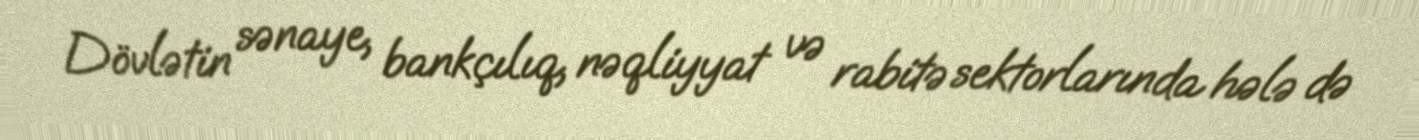
Dövlətin sənaye, bankçılıq, nəqliyyat və rabitə sektorlarında hələ də